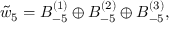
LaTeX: \tilde { w } _ { 5 } = B _ { - 5 } ^ { ( 1 ) } \oplus B _ { - 5 } ^ { ( 2 ) } \oplus B _ { - 5 } ^ { ( 3 ) } ,